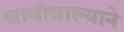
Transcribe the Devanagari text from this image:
चावीवाल्याने